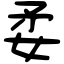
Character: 𡛺